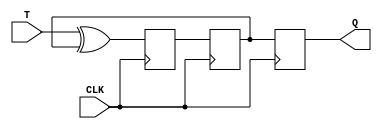
module t_ff(
    input T,
    input wire CLK,
    output reg Q
    );
    
    reg D, Q_m;
    
    always @(posedge CLK) begin
        D <= T ^ Q_m; // XOR operation with output of master flip-flop
        Q_m <= D; // store input data in master flip-flop
    end
    
    always @(negedge CLK) begin
        Q <= Q_m; // output data from master flip-flop captured by slave flip-flop
    end

endmodule